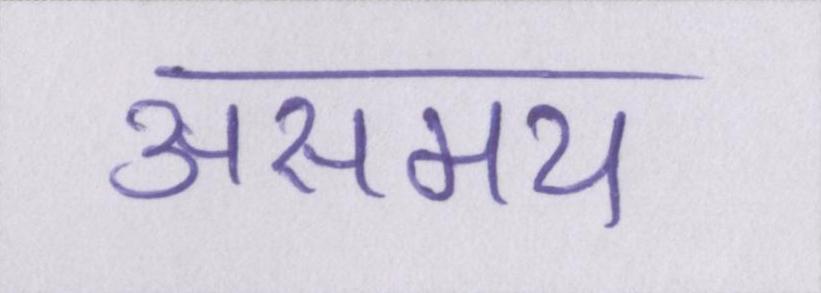
असमय